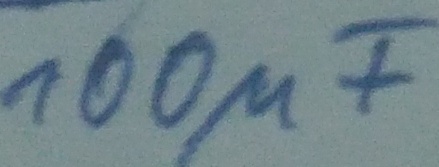
Text: 100µF